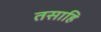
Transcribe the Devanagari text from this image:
तसाहि